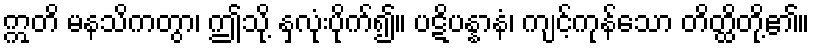
ဣတိ မနသိကတွာ၊ ဤသို့ နှလုံးပိုက်၍။ ပဋိပန္နာနံ၊ ကျင့်ကုန်သော တိတ္ထိတို့၏။